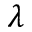
\lambda